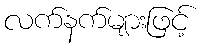
လက်နက်များဖြင့်